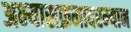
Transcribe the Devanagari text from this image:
अभ्यासक्रमादरम्यान